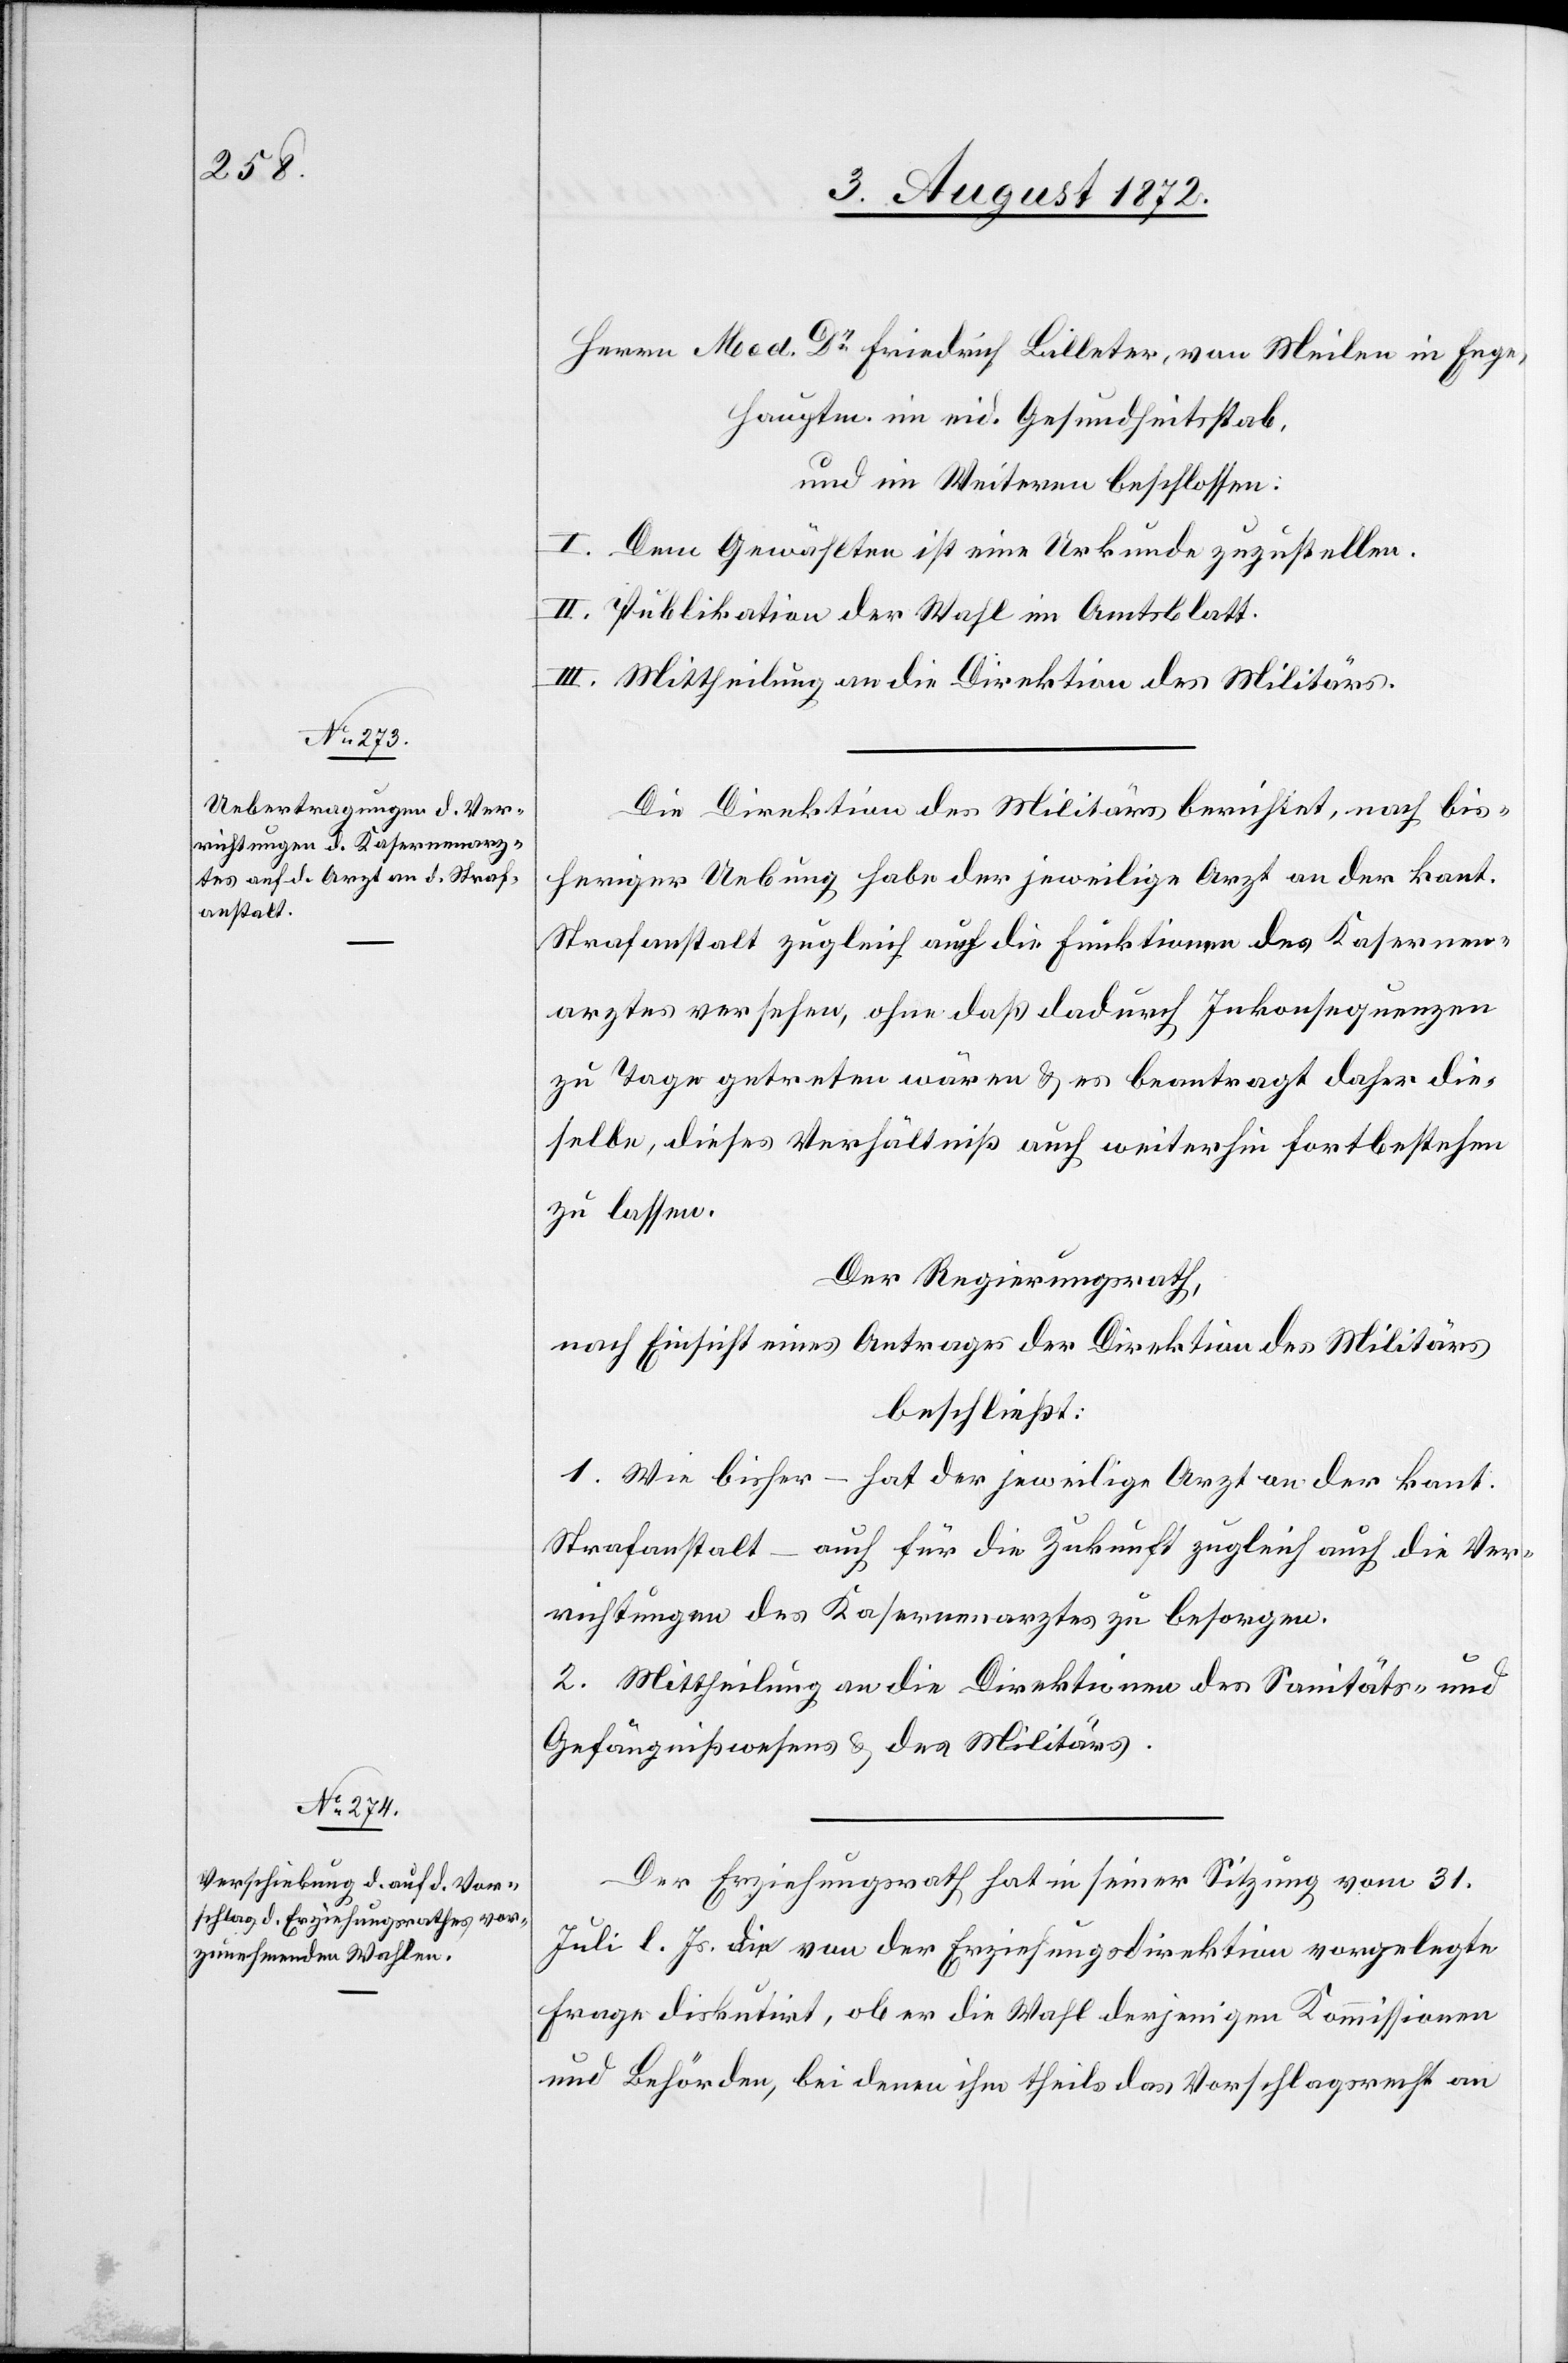
Herrn Med. Dr Friedrich Billeter, von Meilen in Enge,
Hauptm. im eid. Gesundheitsstab,
und im Weitern beschlossen:
I. Dem Gewählten ist eine Urkunde zuzustellen.
II. Publikation der Wahl im Amtsblatt.
III. Mittheilung an die Direktion des Militärs.
Die Direktion des Militärs berichtet, nach bis¬
heriger Ueberung habe der jeweilige Arzt an der kant.
Strafanstalt zugleich auch die Funktionen des Kasernen¬
arztes versehen, ohne daß dadurch Inkonsequenzen
zu Tage getreten wären u. es beantragt daher die¬
selbe, dieses Verhältniß auch weiterhin fortbestehen
zu lassen.
Der Regierungsrath,
nach Einsicht eines Antrages der Direktion des Militärs
beschließt:
1. Wie bisher – hat der jeweilige Arzt an der kant.
Strafanstalt – auch für die Zukunft zugleich auch die Ver¬
richtungen des Kasernenarztes zu besorgen.
2. Mittheilung an die Direktionen des Sanitäts- u.
Gefängnißwesens u. des Militärs.
Der Erziehungsrath hat in seiner Sitzung vom 31.
Juli l. Js. die von der Erziehungsdirektion vorgelegte
Frage diskutirt, ob er die Wahl derjenigen Kommissionen
und Behörden, bei denen ihm theils das Vorschlagsrecht an